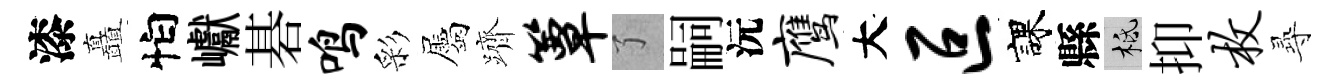
漆矗怕巘碁鸣彩屬躋簟了嗣沅鹰大叵課縣柢抑枚𡬶